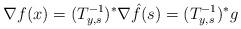
LaTeX: \begin{align*} \nabla f(x) = (T_{y, s}^{-1})^*\nabla \hat f(s) = (T_{y, s}^{-1})^* g\end{align*}